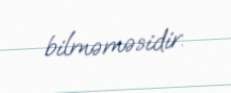
bilməməsidir.